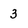
Character: 3